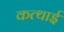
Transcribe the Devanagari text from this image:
कत्थाई